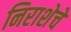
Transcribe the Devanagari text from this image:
निराशेचे